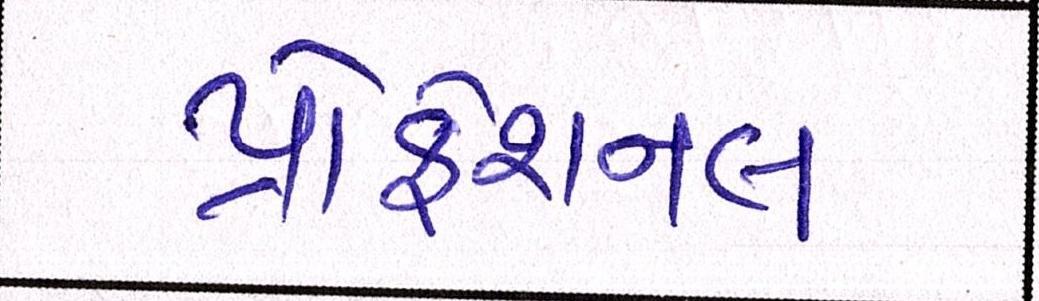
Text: પ્રોફેશનલ